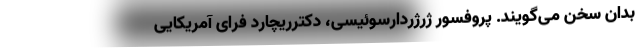
بدان سخن می‌گویند. پروفسور ژرژردارسوئیسی، دکترریچارد فرای آمریکایی